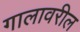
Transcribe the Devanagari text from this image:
गालावरील